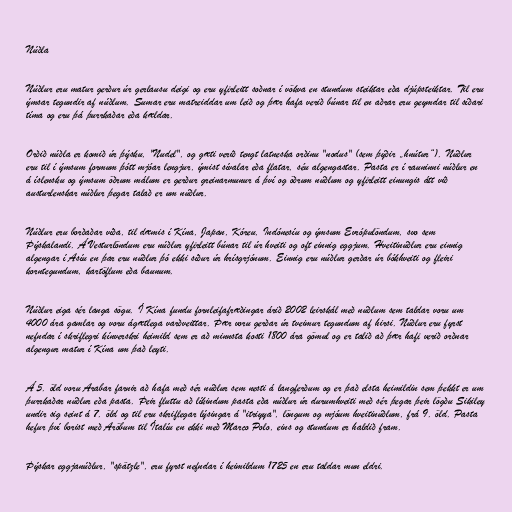
Núðla

Núðlur eru matur gerður úr gerlausu deigi og eru yfirleitt soðnar í vökva en stundum steiktar eða djúpsteiktar. Til eru
ýmsar tegundir af núðlum. Sumar eru matreiddar um leið og þær hafa verið búnar til en aðrar eru geymdar til síðari
tíma og eru þá þurrkaðar eða kældar.

Orðið núðla er komið úr þýsku, "Nudel", og gæti verið tengt latneska orðinu "nodus" (sem þýðir „hnútur“). Núðlur
eru til í ýmsum formum þótt mjóar lengjur, ýmist sívalar eða flatar, séu algengastar. Pasta er í rauninni núðlur en
á íslensku og ýmsum öðrum málum er gerður greinarmunur á því og öðrum núðlum og yfirleitt einungis átt við
austurlenskar núðlur þegar talað er um núðlur.

Núðlur eru borðaðar víða, til dæmis í Kína, Japan, Kóreu, Indónesíu og ýmsum Evrópulöndum, svo sem
Þýskalandi. Á Vesturlöndum eru núðlur yfirleitt búnar til úr hveiti og oft einnig eggjum. Hveitinúðlur eru einnig
algengar í Asíu en þar eru núðlur þó ekki síður úr hrísgrjónum. Einnig eru núðlur gerðar úr bókhveiti og fleiri
korntegundum, kartöflum eða baunum.

Núðlur eiga sér langa sögu. Í Kína fundu fornleifafræðingar árið 2002 leirskál með núðlum sem taldar voru um
4000 ára gamlar og voru ágætlega varðveittar. Þær voru gerðar úr tveimur tegundum af hirsi. Núðlur eru fyrst
nefndar í skriflegri kínverskri heimild sem er að minnsta kosti 1800 ára gömul og er talið að þær hafi verið orðnar
algengur matur í Kína um það leyti.

Á 5. öld voru Arabar farnir að hafa með sér núðlur sem nesti á langferðum og er það elsta heimildin sem þekkt er um
þurrkaðar núðlur eða pasta. Þeir fluttu að líkindum pasta eða núðlur úr durumhveiti með sér þegar þeir lögðu Sikiley
undir sig seint á 7. öld og til eru skriflegar lýsingar á "itriyya", löngum og mjóum hveitinúðlum, frá 9. öld. Pasta
hefur því borist með Aröbum til Ítalíu en ekki með Marco Polo, eins og stundum er haldið fram.

Þýskar eggjanúðlur, "spätzle", eru fyrst nefndar í heimildum 1725 en eru taldar mun eldri.